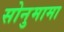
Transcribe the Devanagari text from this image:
सोनुमामा